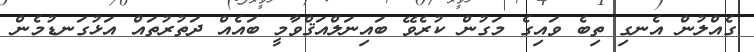
ގެއްލުން އެނގި ތިބެ ވައިގެ މަގުން ކުރެވޭ ބައިނަލްއަޤްވާމީ ބައެއް ދަތުރުތައް އަޅުގަނޑުމެން